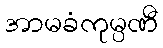
အာမခံကုမ္ပဏီ